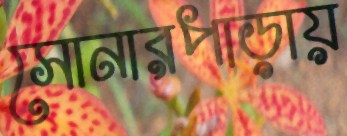
সোনারপাড়ায়